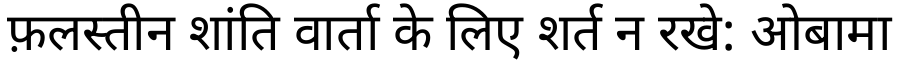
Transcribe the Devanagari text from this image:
फ़लस्तीन शांति वार्ता के लिए शर्त न रखे: ओबामा